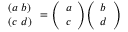
{ \begin{array} { l } { ( a \ b ) } \\ { ( c \ d ) } \end{array} } = { \left( \begin{array} { l } { a } \\ { c } \end{array} \right) } { \left( \begin{array} { l } { b } \\ { d } \end{array} \right) }